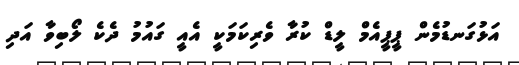
އަޅުގަނޑުމެން ޕީޕީއެމް ލީޑް ކުރާ ވެރިކަމަކީ އެއީ ގައުމު ދެކެ ލޯބިވާ އަދި